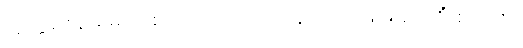
အတ္တဇေန၊ မိမိ၌ဖြစ်သော။ ဝါယာမေန၊ လုံ့လဖြင့်။ ဘေရိံ၊ စည်ကို။